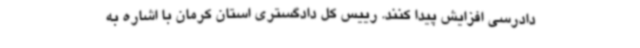
دادرسی افزایش پیدا کنند. رییس کل دادگستری استان کرمان با اشاره به